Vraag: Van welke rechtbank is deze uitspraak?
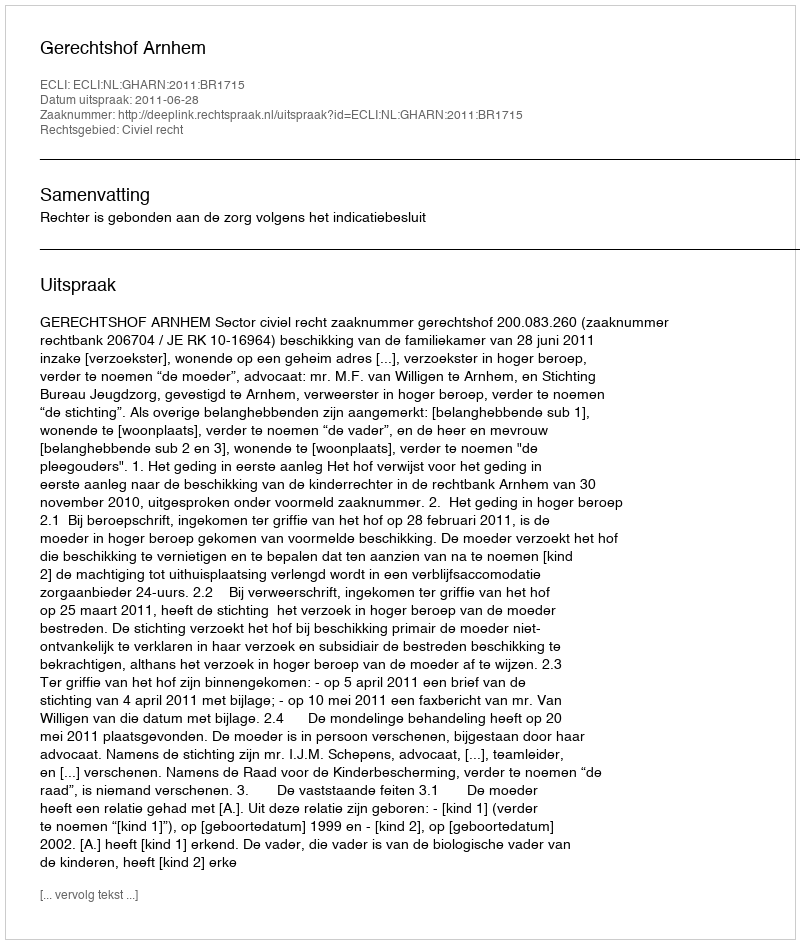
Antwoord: Gerechtshof Arnhem